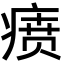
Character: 𬏷